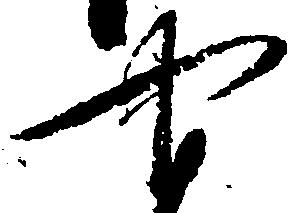
や